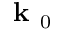
\textbf { k } _ { 0 }